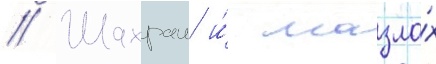
// Шахраи и́ мазла́х